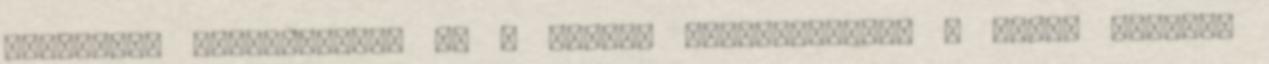
Szociális Bizottságnak és a Régiók Bizottságának A sport európai